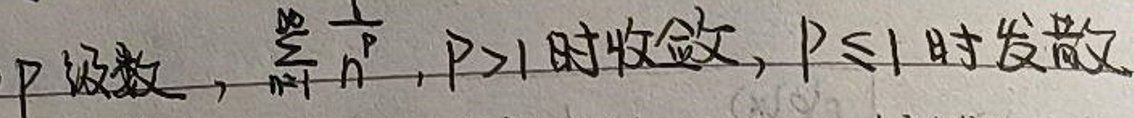
p 级数，$\sum_{n = 1}^{\infty}\frac{1}{n^{p}}$，$p > 1 $时收敛，$p\leqslant1 $时发散